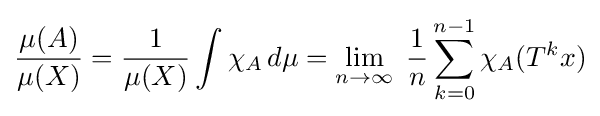
{\frac {\mu (A)}{\mu (X)}}={\frac {1}{\mu (X)}}\int \chi _{A}\,d\mu =\lim _{n\rightarrow \infty }\;{\frac {1}{n}}\sum _{k=0}^{n-1}\chi _{A}(T^{k}x)